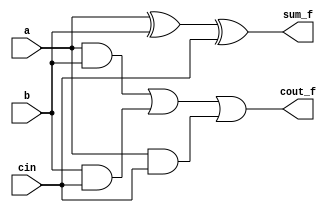
module full_adder(input a,b,cin,
output reg sum_f,cout_f);
always@(*)
begin
sum_f <= a^b^cin;
cout_f <= ((a&b)|(b&cin)|(a&cin));
end
endmodule

module Half_adder(input a,b,
output reg sum_h,cout_h);

always@(*)
begin
sum_h<= a^b;
cout_h<= a&b;
end
endmodule


module wallace_8(input [7:0]a,b,
output reg [15:0]product);

wire h[16:0],f[38:0],fc[38:0],hc[16:0];
reg pp[7:0][7:0];
integer i,j;

always@(*)

begin
for(i=0;i<=7;i=i+1)
  for (j=0;j<=7;j=j+1)
  pp[i][j]<=(a[j]&b[i]);
end


// first level

Half_adder H1(pp[0][1],pp[1][0],h[0],hc[0]);
full_adder F1(pp[0][2],pp[1][1],pp[2][0],f[0],fc[0]);
full_adder F2(pp[0][3],pp[1][2],pp[2][1],f[1],fc[1]);
full_adder F3(pp[0][4],pp[1][3],pp[2][2],f[2],fc[2]);
full_adder F4(pp[0][5],pp[1][4],pp[2][3],f[3],fc[3]);
full_adder F5(pp[3][2],pp[4][1],pp[5][0],f[4],fc[4]);
full_adder F6(pp[0][6],pp[1][5],pp[2][4],f[5],fc[5]);
full_adder F7(pp[3][3],pp[4][2],pp[5][1],f[6],fc[6]);
full_adder F8(pp[0][7],pp[1][6],pp[2][5],f[7],fc[7]);
full_adder F9(pp[3][4],pp[4][3],pp[5][2],f[8],fc[8]);
full_adder F10(pp[1][7],pp[2][6],pp[3][5],f[9],fc[9]);
full_adder F11(pp[4][4],pp[5][3],pp[6][2],f[10],fc[10]);
full_adder F12(pp[2][7],pp[3][6],pp[4][5],f[11],fc[11]);
full_adder F13(pp[5][4],pp[6][3],pp[7][2],f[12],fc[12]);
full_adder F14(pp[3][7],pp[4][6],pp[5][5],f[13],fc[13]);
full_adder F15(pp[4][7],pp[5][6],pp[6][5],f[14],fc[14]);
full_adder F16(pp[5][7],pp[6][6],pp[7][5],f[15],fc[15]);

//second level

Half_adder H2(f[0],hc[0],h[1],hc[1]);
full_adder F17(f[1],fc[0],pp[3][0],f[16],fc[16]);
full_adder F18(f[2],fc[1],pp[3][1],f[17],fc[17]);
full_adder F19(f[3],f[4],fc[2],f[18],fc[18]);
full_adder F20(f[5],f[6],fc[3],f[19],fc[19]);
full_adder F21(f[7],f[8],fc[5],f[20],fc[20]);
full_adder F22(fc[6],pp[6][1],pp[7][0],f[21],fc[21]);
full_adder F23(f[9],f[10],fc[7],f[22],fc[22]);
Half_adder H3(fc[8],pp[7][1],h[2],hc[2]);
full_adder F24(f[11],f[12],fc[9],f[23],fc[23]);
full_adder F25(f[13],fc[11],fc[12],f[24],fc[24]);
full_adder F26(f[14],fc[13],pp[7][4],f[25],fc[25]);
full_adder F27(pp[6][7],pp[7][6],fc[15],f[26],fc[26]);

//third level

Half_adder H4(f[16],hc[1],h[3],hc[3]);
full_adder F28(f[17],fc[16],pp[4][0],f[27],fc[27]);
full_adder F29(f[19],fc[18],fc[4],f[28],fc[28]);
full_adder F30(f[20],f[21],fc[19],f[29],fc[29]);
full_adder F31(f[22],h[2],fc[20],f[30],fc[30]);
full_adder F32(f[23],fc[22],hc[2],f[31],fc[31]);
full_adder F33(f[24],fc[23],pp[6][4],f[32],fc[32]);
full_adder F34(f[15],fc[14],fc[25],f[33],fc[33]);

//fourth level

Half_adder H5(f[27],hc[3],h[4],hc[4]);
full_adder F35(f[18],fc[17],fc[27],f[34],fc[34]);
Half_adder H6(f[28],pp[6][0],h[5],hc[5]);
Half_adder H7(f[29],fc[28],h[6],hc[6]);
full_adder F36(f[30],fc[29],fc[21],f[35],fc[35]);
full_adder F37(f[31],fc[30],fc[10],f[36],fc[36]);
full_adder F38(f[32],fc[31],pp[7][3],f[37],fc[37]);
full_adder F39(f[25],fc[24],fc[32],f[38],fc[38]);


// last level

Half_adder H8(f[34],hc[4],h[7],hc[7]);
Half_adder H9(h[5],fc[34],h[8],hc[8]);
Half_adder H10(h[6],hc[5],h[9],hc[9]);
Half_adder H11(f[35],hc[6],h[10],hc[10]);
Half_adder H12(f[36],fc[35],h[11],hc[11]);
Half_adder H13(f[37],fc[36],h[12],hc[12]);
Half_adder H14(f[38],fc[37],h[13],hc[13]);
Half_adder H15(f[33],fc[38],h[14],hc[14]);
Half_adder H16(f[26],fc[33],h[15],hc[15]);
Half_adder H17(pp[7][7],fc[26],h[16],hc[16]);

always@(*)
begin

product[0]<=pp[0][0];
product[1]<=h[0];
product[2]<=h[1];
product[3]<=h[3];
product[4]<=h[4];
product[5]<=h[7];
product[6]<=h[8];
product[7]<=h[9];
product[8]<=h[10];
product[9]<=h[11];
product[10]<=h[12];
product[11]<=h[13];
product[12]<=h[14];
product[13]<=h[15];
product[14]<=h[16];
product[15]<=hc[16];

end

endmodule